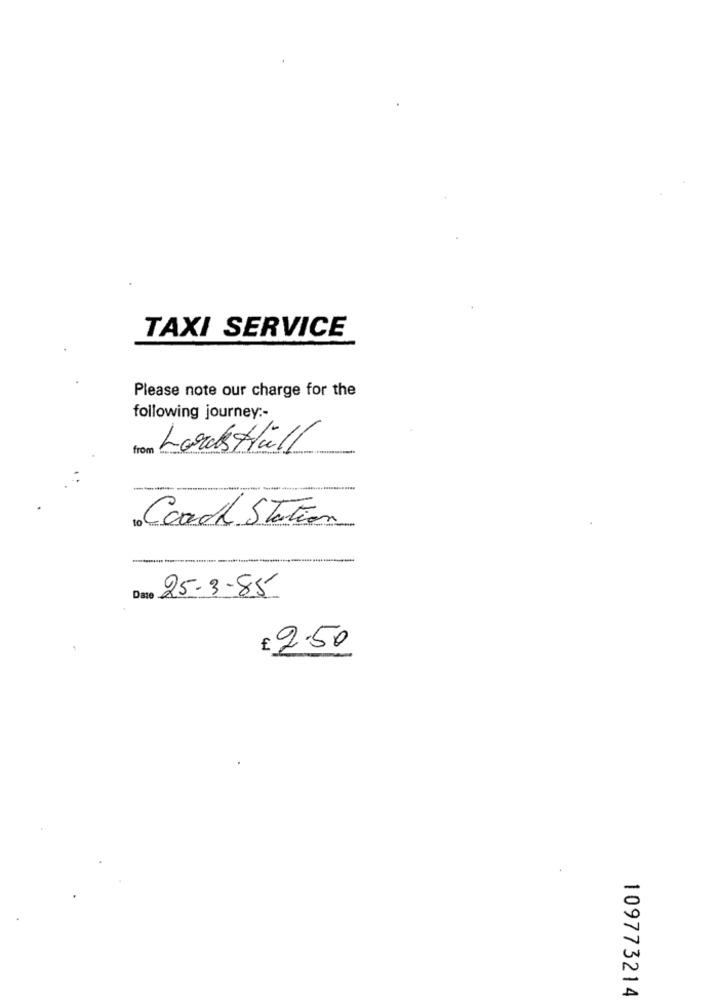
TAXI SERVICE
Please note our charge for the
following journey :-
from
Lardstall
Coach Station
Date
25-3-85
£ 2.50
109773214